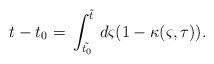
LaTeX: \begin{align*} t-t_0 =\, \int^{\tilde{t}}_{\tilde{t_0}}\,d \varsigma (1-\kappa (\varsigma,\tau)). \end{align*}